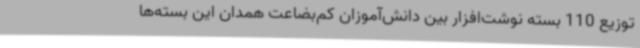
توزیع 110 بسته نوشت‌افزار بین دانش‌آموزان کم‌بضاعت همدان این بسته‌ها